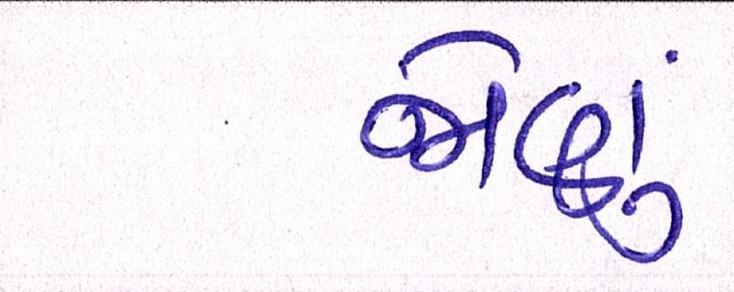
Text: જોણું